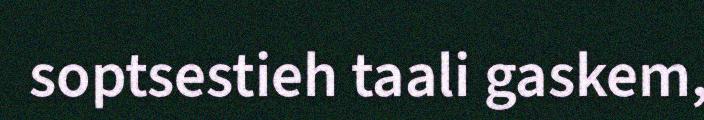
soptsestieh taali gaskem,